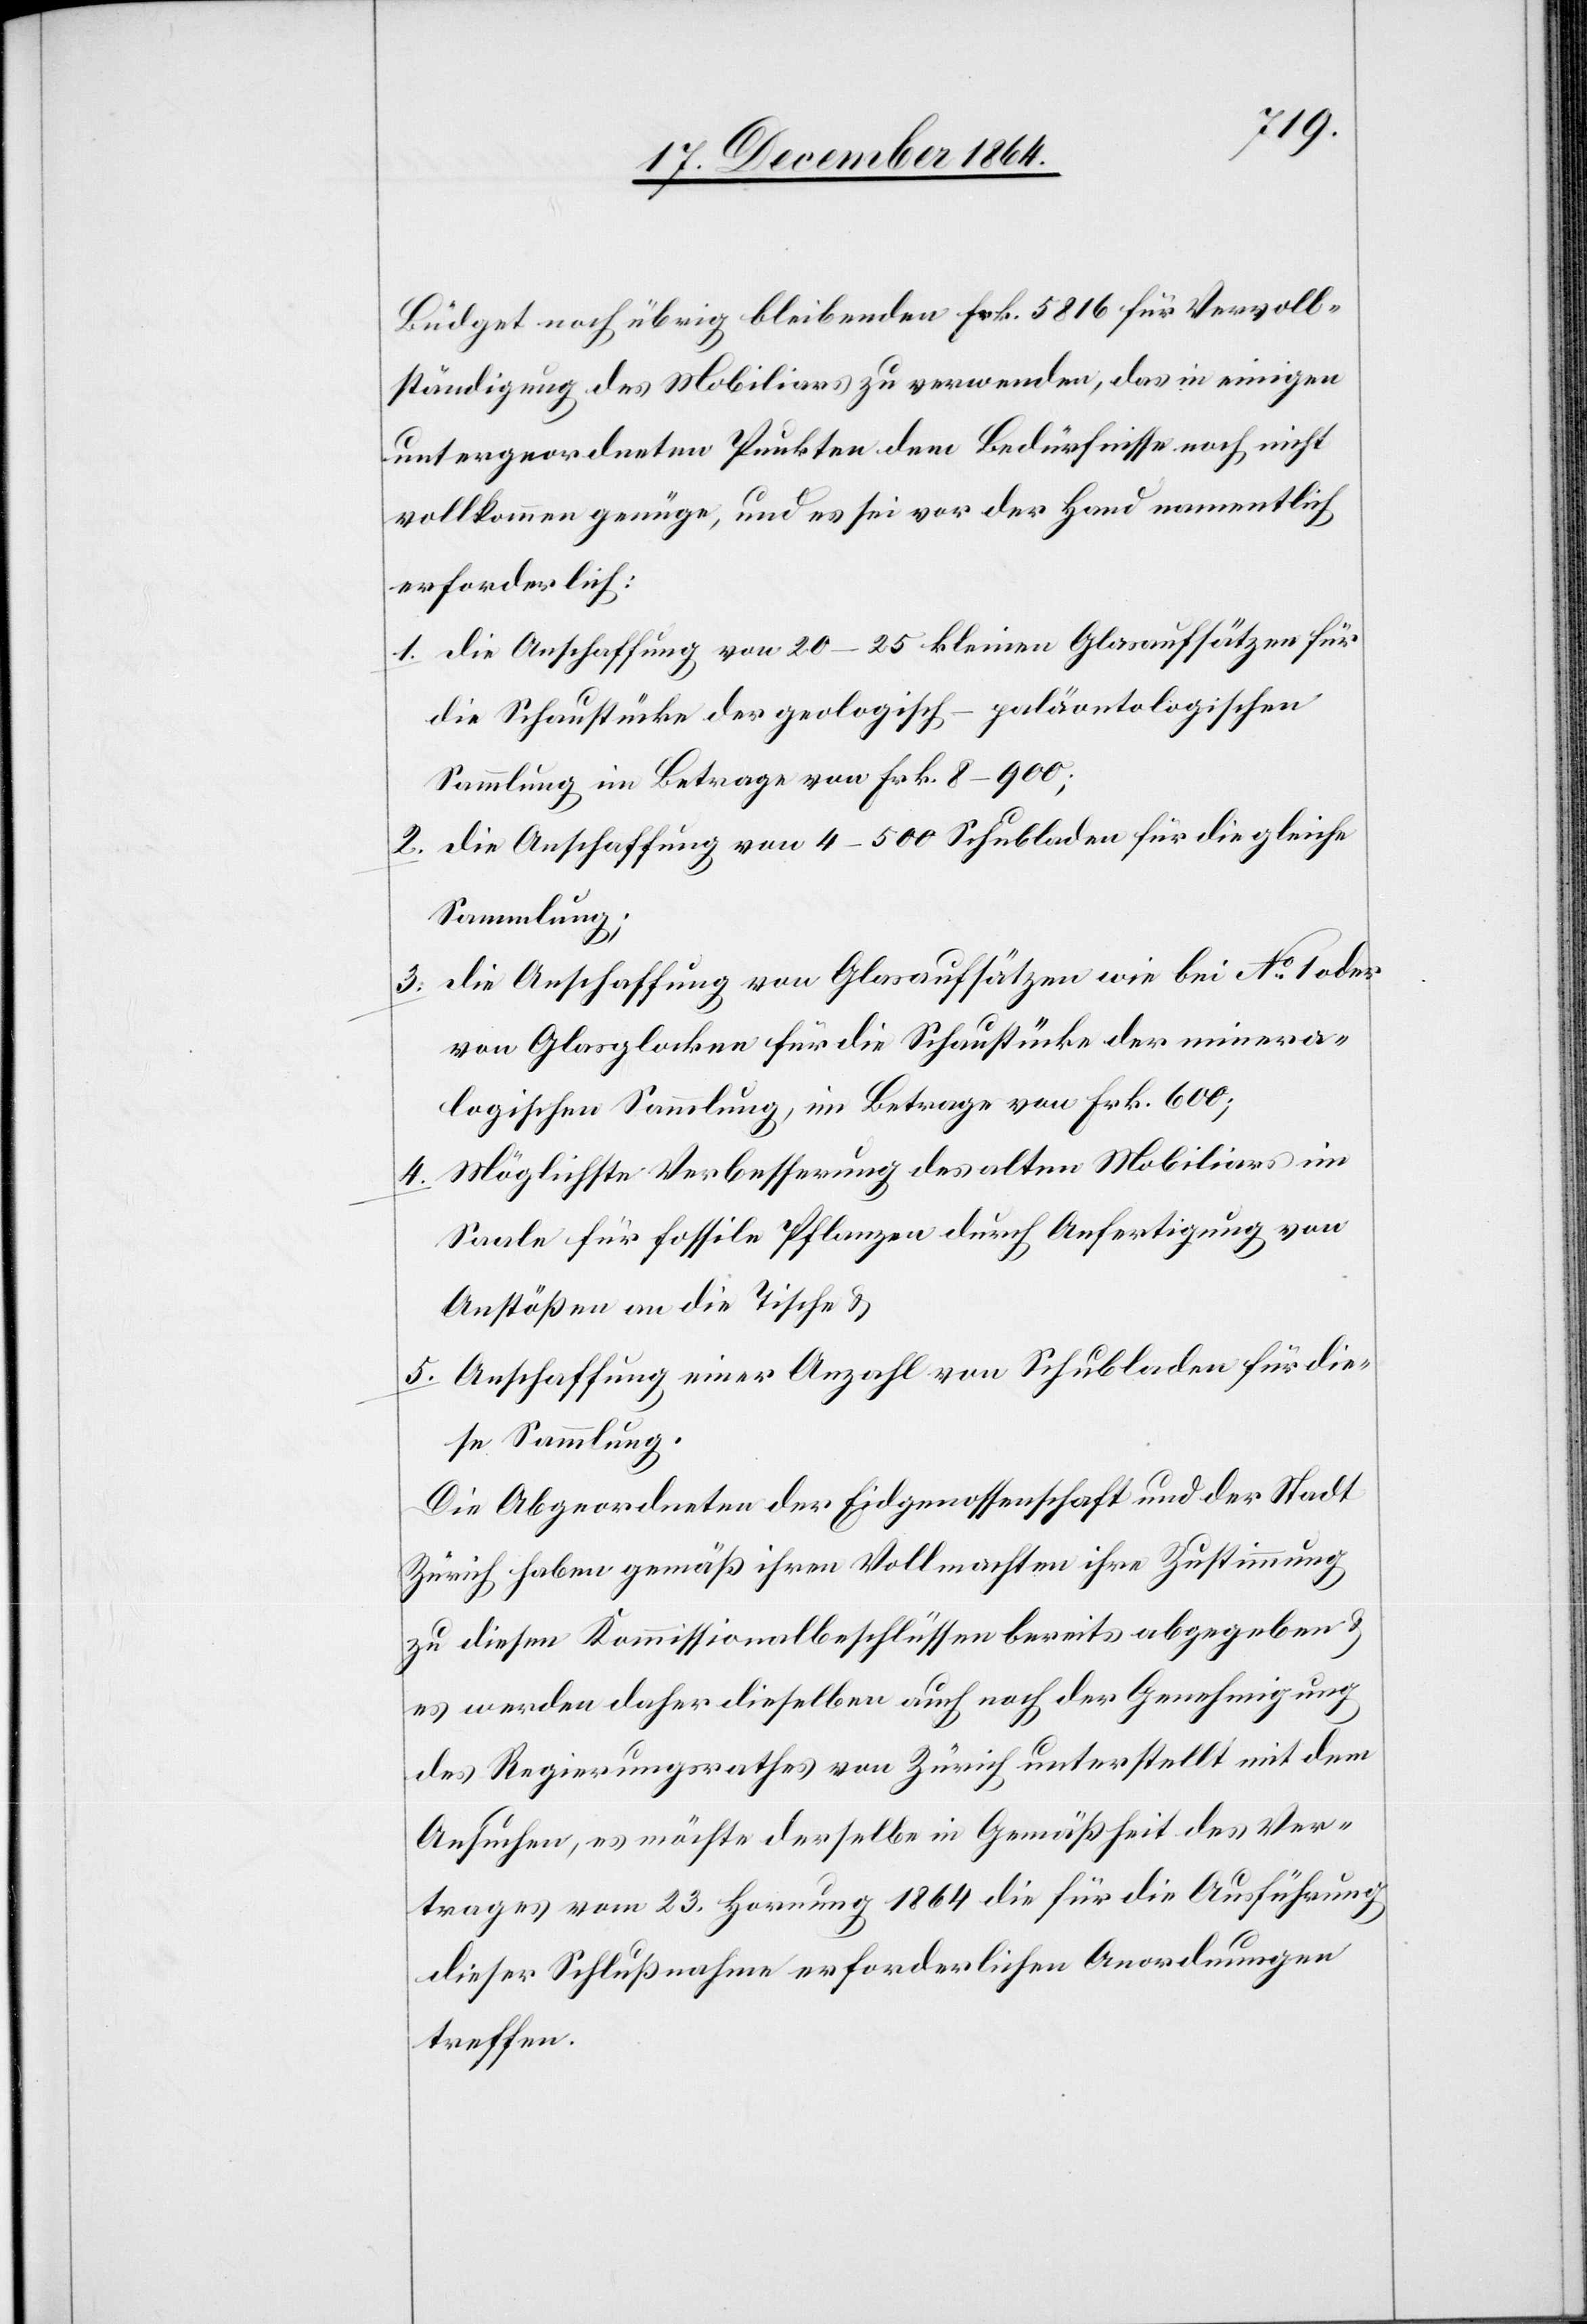
Büdget noch übrig bleibenden Frk. 5 816 für Vervoll¬
ständigung des Mobiliars zu verwenden, das in einigen
untergeordneten Punkten dem Bedürfnisse noch nicht
vollkommen genüge, und es sei vor der Hand namentlich
erforderlich:
1. die Anschaffung von 20–25 kleinen Glasaufsätzen für
die Schaustücke der geologisch-paläontologischen
Sammlung im Betrage von Frk. 8–900;
2. die Anschaffung von 4–500 Schubladen für die gleiche
Sammlung;
die Anschaffung von Glasaufsätzen wie bei No 1 oder
3.
von Glasglocken für die Schaustücke der minera¬
lischen Sammlung, im Betrage von Frk. 600;
Möglichste Verbesserung des alten Mobiliars im
4.
Saale für fossile Pflanzen durch Anfertigung von
Anstößen an die Tische &
5. Anschaffung einer Anzahl von Schubladen für die¬
se Sammlung.
Die Abgeordneten der Eidgenossenschaft und der Stadt
Zürich haben gemäß ihren Vollmachten ihre Zustimmung
zu diesen Kommissionalbeschlüssen bereits abgegeben &
es werden daher dieselben auch noch der Genehmigung
des Regierungsrathes von Zürich unterstellt mit dem
Ansuchen, es möchte derselbe in Gemäßheit des Ver¬
trages vom 23. Hornung 1864 die für die Ausführung
dieser Schlußnahme erforderlichen Anordnungen
treffen.